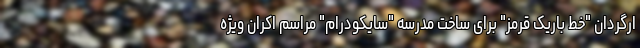
ارگردان "خط باریک قرمز" برای ساخت مدرسه "سایکودرام" مراسم اکران ویژه